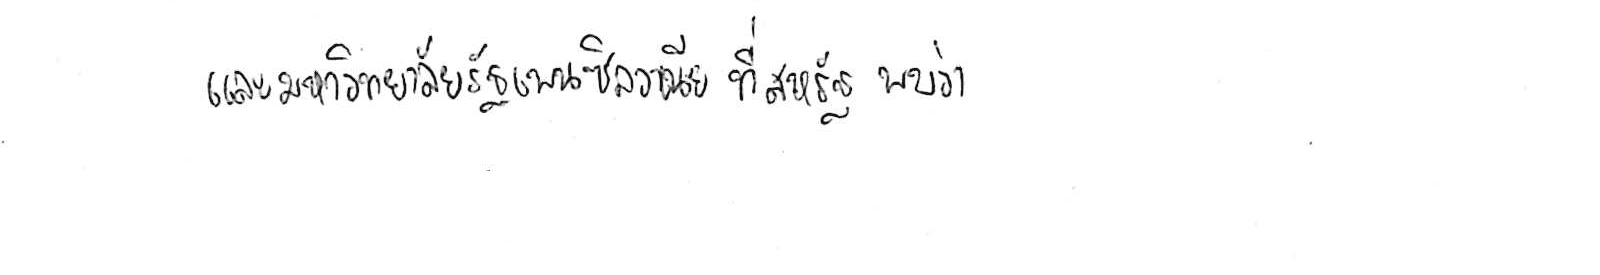
และมหาวิทยาลัยรัฐเพนซิลวาเนีย ที่สหรัฐ พบว่า